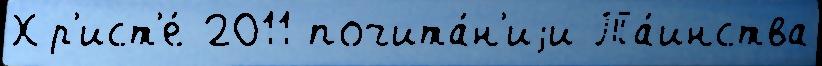
Хр'ист'е́ 2011 почита́н'иjи Та́инства